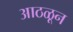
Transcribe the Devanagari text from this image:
आठळून